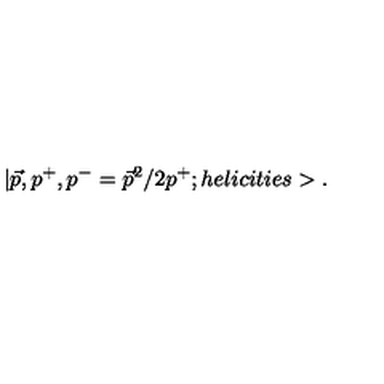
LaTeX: | \vec { p } , p ^ { + } , p ^ { - } = \vec { p } ^ { 2 } / 2 p ^ { + } ; h e l i c i t i e s > .